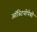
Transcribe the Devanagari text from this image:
ऑस्टियोपेथी